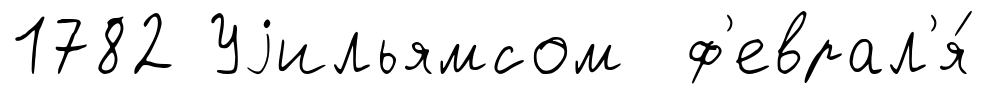
1782 Уjильямсом ф'еврал'я́